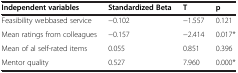
| Independent variables | Standardized Beta | T | p |
 | --- | --- | --- | --- |
 | Feasibility webbased service | −0.102 | −1.557 | 0.121 |
 | Mean ratings from colleagues | −0.157 | −2.414 | 0.017* |
 | Mean of al self-rated items | 0.055 | 0.851 | 0.396 |
 | Mentor quality | 0.527 | 7.960 | 0.000* |